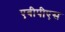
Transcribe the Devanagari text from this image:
एबीपीएस